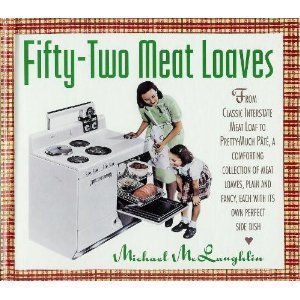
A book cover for Fifty-Two Meat Loaves; Michael McLaughlin; Cookbooks, Food & Wine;